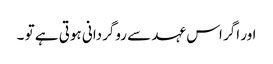
اور اگر اس عہد سے روگردانی ہوتی ہے تو ۔